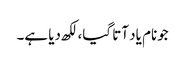
جونام یاد آتا گیا، لکھ دیا ہے۔